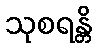
သုစရန္တိ